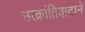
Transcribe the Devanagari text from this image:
उत्क्रांतिवादाने